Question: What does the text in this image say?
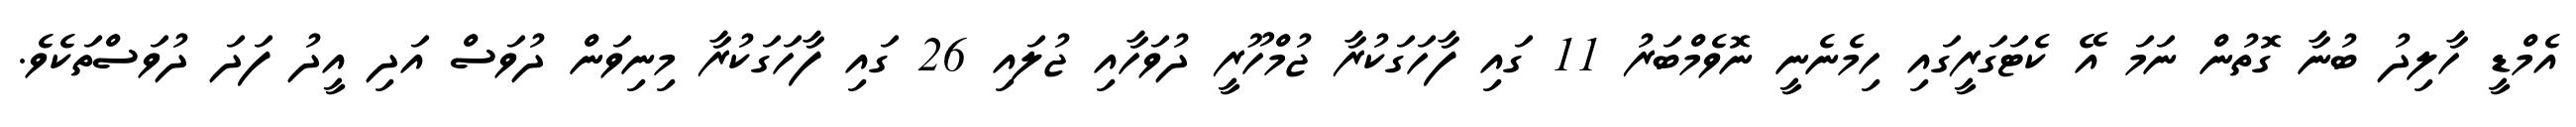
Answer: އެމްޑީ ހާލިދު ބުނާ ގޮތުން ނަމަ އޭ ކެޓަގަރީގައި ހިމެނެނީ ނޮވެމްބަރު 11 ގައި ފާހަގަކުރާ ޖުމްހޫރީ ދުވަހާއި ޖުލައި 26 ގައި ފާހަގަކުރާ މިނިވަން ދުވަސް އަދި އީދު ފަދަ ދުވަސްތަކެވެ.